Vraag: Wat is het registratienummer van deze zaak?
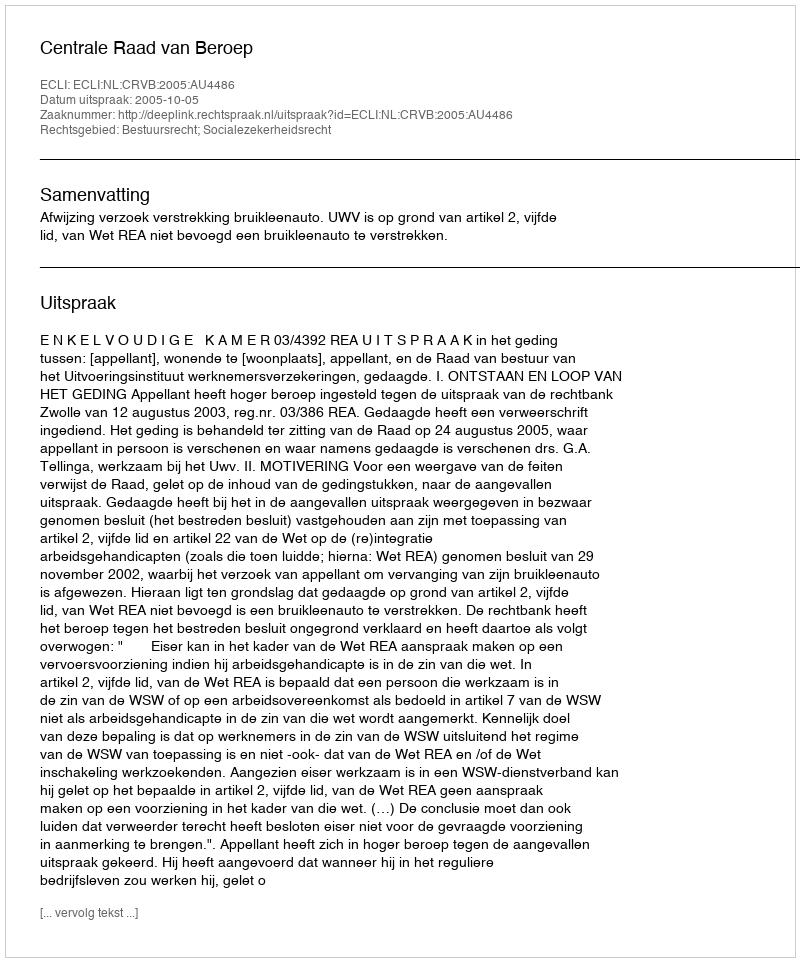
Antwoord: http://deeplink.rechtspraak.nl/uitspraak?id=ECLI:NL:CRVB:2005:AU4486